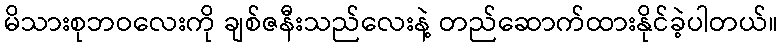
မိသားစုဘဝလေးကို ချစ်ဇနီးသည်လေးနဲ့ တည်ဆောက်ထားနိုင်ခဲ့ပါတယ်။